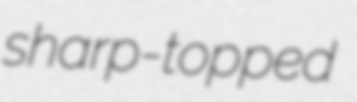
sharp-topped